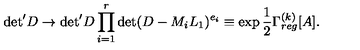
{ \det } ^ { \prime } D \to { \det } ^ { \prime } D \prod _ { i = 1 } ^ { r } \det ( D - M _ { i } L _ { 1 } ) ^ { e _ { i } } \equiv \exp \frac { 1 } { 2 } \Gamma _ { r e g } ^ { ( k ) } [ A ] .